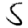
Digit: 5